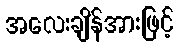
အလေးချိန်အားဖြင့်